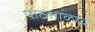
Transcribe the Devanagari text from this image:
पाठशाळाच